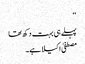
‘‘
پہلے ہی بہت دکھ تھا
مصطفیٰ اکیلا ہے۔